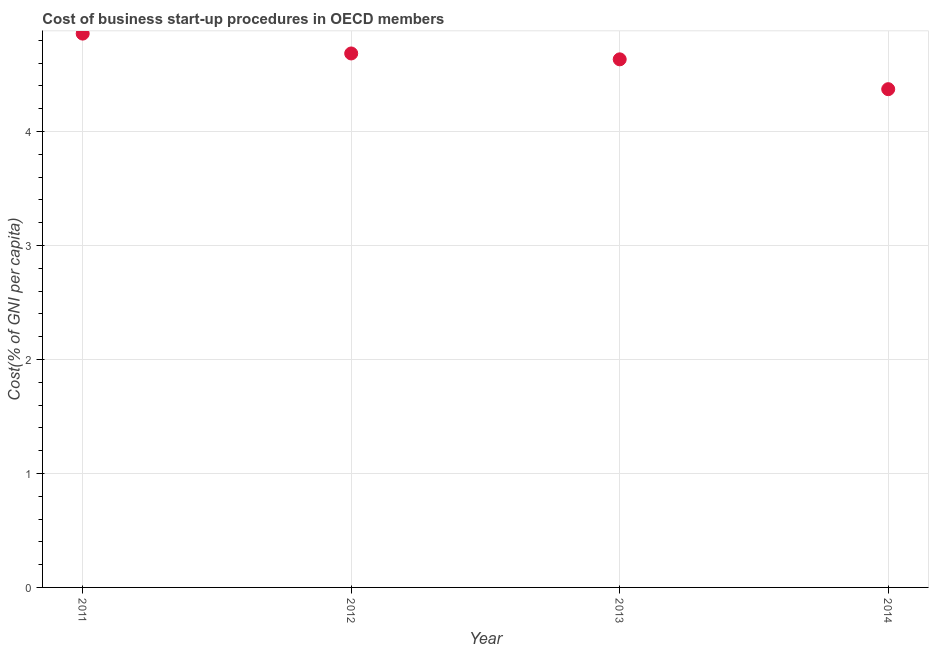
| Year | Cost |
 | --- | --- |
 | 2011 | 4.86 |
 | 2012 | 4.68 |
 | 2013 | 4.63 |
 | 2014 | 4.37 |